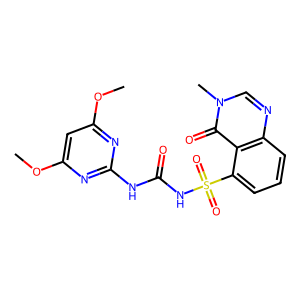
SMILES: COc1cc(OC)nc(NC(=O)NS(=O)(=O)c2cccc3ncn(C)c(=O)c23)n1
Inhibits HIV replication: No